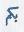
بكم